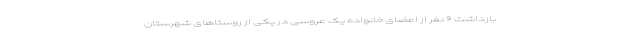
بازداشت ۶ نفر از اعضای خانواده یک عروسی در یکی از روستاهای شهرستان